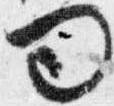
問